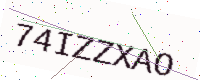
Text: 74IZZXAO